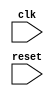
module behavioral_modeling_block(
    input wire clk,
    input wire reset,
    // other input/output declarations
);

always @(posedge clk or negedge reset)
begin
    // behavioral modeling block code
end

// other module code

endmodule